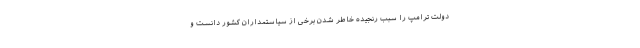
دولت ترامپ را سبب رنجیده خاطر شدن برخی از سیاستمداران کشور دانست و